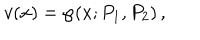
v ( x ) = \wp ( x ; P _ { 1 } , P _ { 2 } ) \, ,